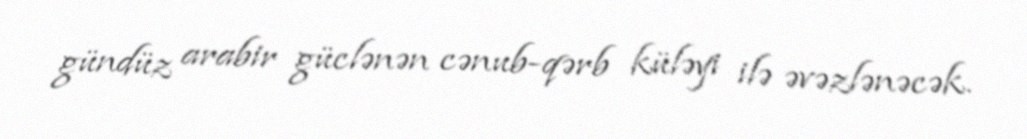
gündüz arabir güclənən cənub-qərb küləyi ilə əvəzlənəcək.